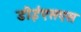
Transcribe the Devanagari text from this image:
डीईएसएस